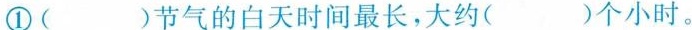
①( )节气的白天时间最长，大约( )个小时。